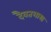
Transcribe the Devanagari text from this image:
दैवतशास्त्र